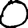
Digit: 0